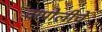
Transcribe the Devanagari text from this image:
दापोलीचे